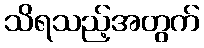
သိရသည့်အတွက်